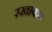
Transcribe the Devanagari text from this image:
रखाकर